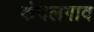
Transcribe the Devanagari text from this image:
कंदलगाव